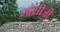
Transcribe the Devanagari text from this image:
मौसीजी